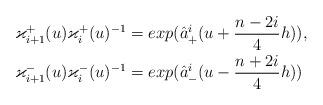
LaTeX: \begin{align*}&\varkappa_{i+1}^{+}(u)\varkappa_{i}^{+}(u)^{-1}=exp(\hat{a}_{+}^{i}(u+\frac{n-2i}{4}h)),\\&\varkappa_{i+1}^{-}(u)\varkappa_{i}^{-}(u)^{-1}=exp(\hat{a}_{-}^{i}(u-\frac{n+2i}{4}h))\end{align*}